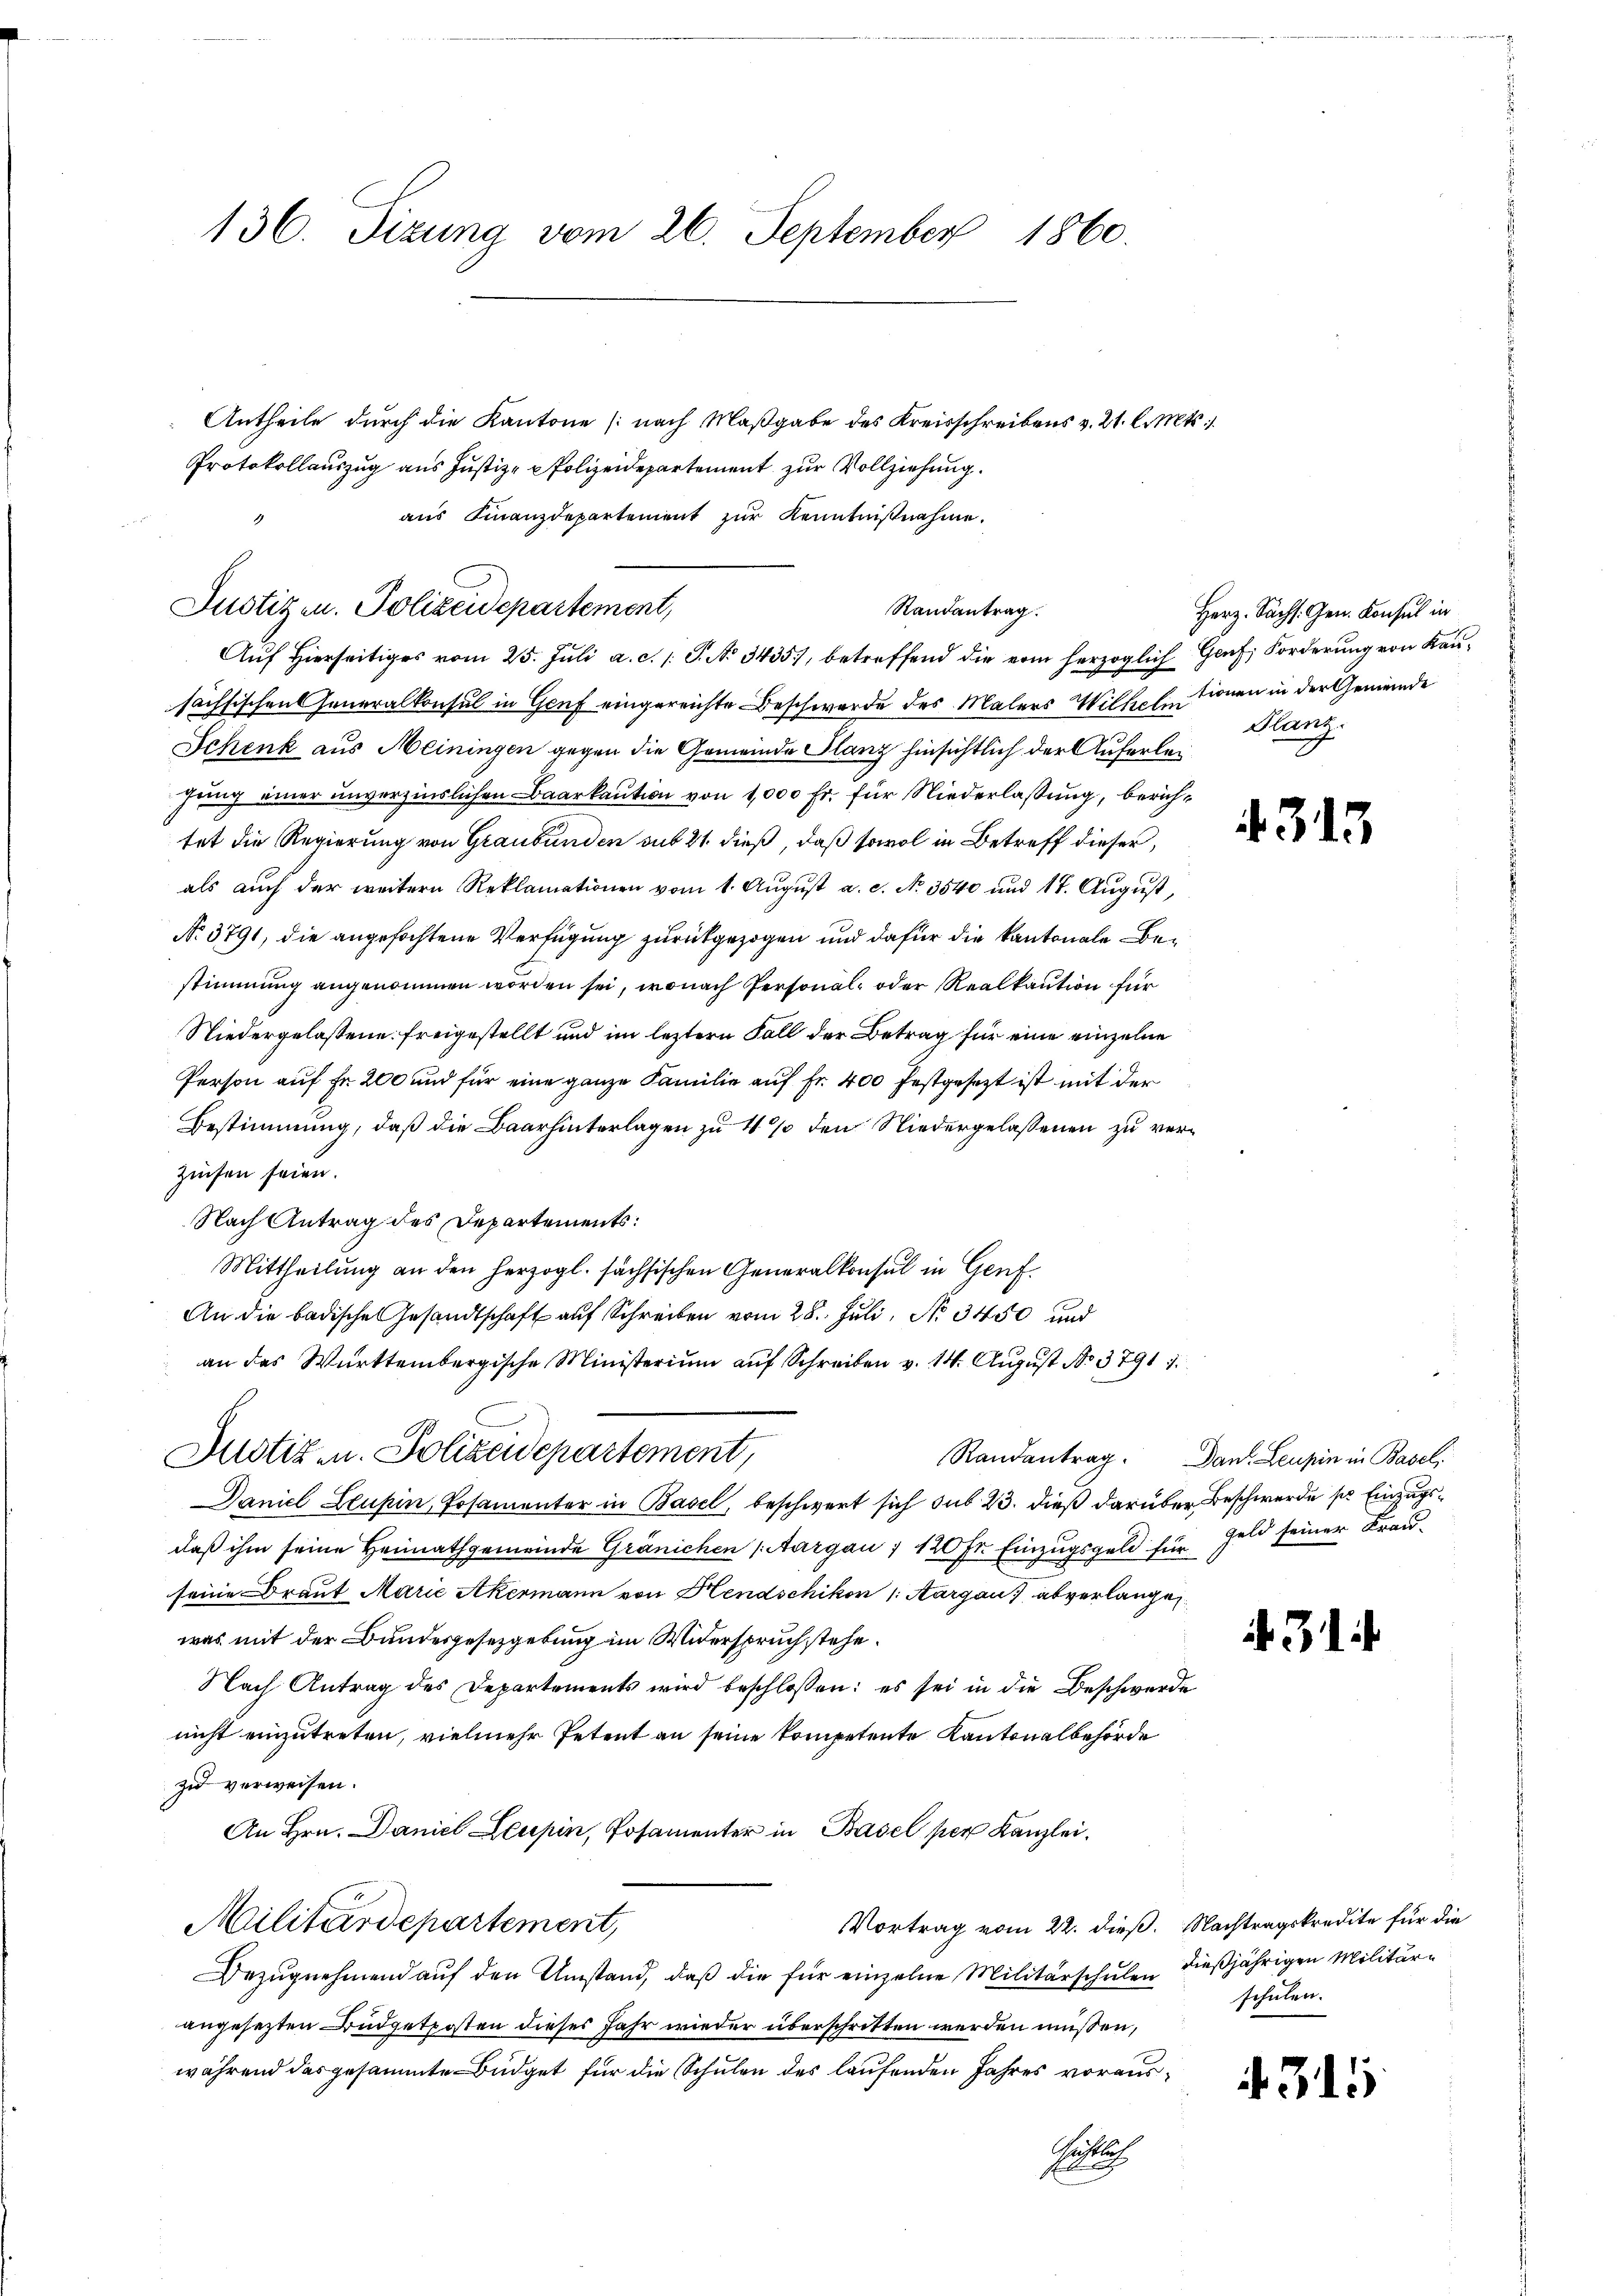
136. Sizung vom 26. September
1860.

Antheile durch die Kantone (nach Maßgabe des Kreisschreibens v. 21. l. Mts.
Protokollauszug aus Justiz- & Polizeidepartement zur Vollziehung.
aus Finanzdepartement zur Kenntnißnahme.

Justizen. Polizeidepartement,
Randantrag.

Aŭf Hierseitiges vom 25. Jŭli a. c. s. S. N. 3435), betreffend die vom herzoglich Genf, Forderung von Kau-
sächsischen Generalkonsul in Genf eingereichte Beschwerde des Malers Wilhelutionen in der Gemeinde
Schenk aus Meiningen gegen die Gemeinde Planz hinsichtlich der Auferleihung einer unverzinslichen Baarkaution von 1000 Fr. für Niederlaßung, berichtat die Regierung von Graubünden sub 21. dieß, daß sowol in Betreff dieser,
als auch der weitern Reklamationen vom 1. August a. c. No. 3540 und 17. August,
No. 3791, die angefochtene Verfügung zurückgezogen und dafür die kantonale Bestimmung angenommen worden sei, wonach Personal- oder Realkaution für
Niedergelassene freigestellt und im leztern Fall der Betrag für eine einzelne
Person auf Fr. 200 und für eine ganze Familie auf Fr. 400 festgesezt ist mit der
Bestimmung, daß die Baar hinterlagen zu 4 % den Niedergelassenen zu ver¬
Zinsen seien.
Nach Antrag des Departements:
Mittheilung an den herzogl. sächsischen Generalkonsul in Genf.
An die badische Gesandtschaft auf Schreiben vom 28. Juli, No 3450 und
an das Württembergische Ministerium auf Schreiben v. 14. August No. 37911.
Justiz u. Polizeidepartement,
Daniel Leubin, Posamenter in Basel, beschwert sich sub 23. dieß darüber Beschwerde so Einzugsdaß ihm seine Heimathgemeinde Gränichen (Aargau 1 120 Fr. Einzugsgeld für Geld seiner Franseine Braut Marie Akermann von Hendschikon : Aargau abverlange
was mit der Bundesgesetzgebung im Widerspruchstehe.
Nach Antrag des Departements wird beschlossen: es sei in die Beschwerde
nicht einzutreten, vielmehr Petent an seine kompetente Kantonalbehörde
zi verweisen.
An Hrn. Daniel Leupin, Posamenter in Basel per Kanzlei.
Vortrag vom 22. dieß. Nachtragskredite für die
Militärdepartement,
Bezugnehmend auf den Umstand, daß die für einzelne Militärschulen dießjährigen Militärangesetzten Budgetposten dieses Jahr wieder überschritten werden müssen,
während das gesammte Büdget für die Schulen des laufenden Jahres voraus¬
Rächtlich
pa

Herz. Sächs. Gen. Konsul in
Ranz.

4315

Randantrag. Dan Leupin in Basel,

31

schulen.

4315